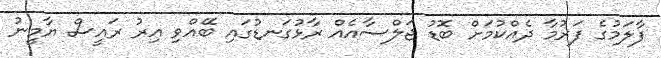
ފާލަމުގެ ފަރުމާ ދެއްކުމަށް ބޮޑު ޖަލްސާއެއް ރާޅުގަނޑުގައި ބޭއްވި އިރު ރައީސް ޔާމީނު